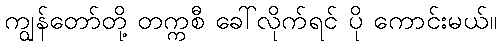
ကျွန်တော်တို့ တက္ကစီ ခေါ်လိုက်ရင် ပို ကောင်းမယ်။